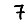
Digit: 7